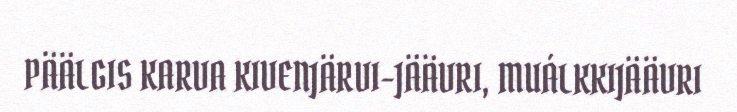
PÄÄLGIS KARVA KIVENJÄRVI-JÄÄVRI, MUÁLKKIJÄÄVRI